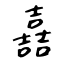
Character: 嚞